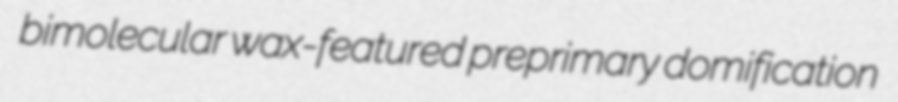
bimolecular wax-featured preprimary domification